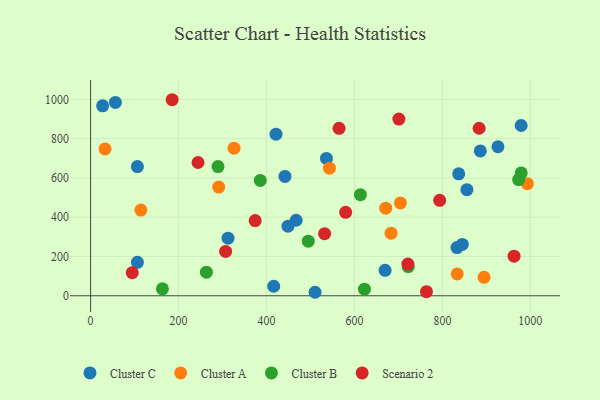
{"axis": {"x": "Speed", "y": "Sales"}, "legend": ["Cluster A", "Cluster B", "Cluster C", "Scenario 2"], "data": [{"x": "669.7", "y": 129.5, "type": "Cluster C"}, {"x": "27.3", "y": 967.2, "type": "Cluster C"}, {"x": "442.0", "y": 607.8, "type": "Cluster C"}, {"x": "833.1", "y": 245.6, "type": "Cluster C"}, {"x": "106.4", "y": 170.2, "type": "Cluster C"}, {"x": "837.1", "y": 621.2, "type": "Cluster C"}, {"x": "536.3", "y": 699.3, "type": "Cluster C"}, {"x": "106.4", "y": 657.8, "type": "Cluster C"}, {"x": "855.8", "y": 540.2, "type": "Cluster C"}, {"x": "979.2", "y": 867.2, "type": "Cluster C"}, {"x": "886.3", "y": 737.4, "type": "Cluster C"}, {"x": "926.4", "y": 759.0, "type": "Cluster C"}, {"x": "312.5", "y": 293.2, "type": "Cluster C"}, {"x": "421.6", "y": 822.8, "type": "Cluster C"}, {"x": "510.4", "y": 17.8, "type": "Cluster C"}, {"x": "467.5", "y": 384.7, "type": "Cluster C"}, {"x": "416.4", "y": 48.5, "type": "Cluster C"}, {"x": "448.9", "y": 354.3, "type": "Cluster C"}, {"x": "845.3", "y": 261.3, "type": "Cluster C"}, {"x": "56.3", "y": 984.7, "type": "Cluster C"}, {"x": "833.7", "y": 111.1, "type": "Cluster A"}, {"x": "993.3", "y": 571.0, "type": "Cluster A"}, {"x": "543.1", "y": 650.0, "type": "Cluster A"}, {"x": "683.3", "y": 318.8, "type": "Cluster A"}, {"x": "114.3", "y": 436.2, "type": "Cluster A"}, {"x": "32.8", "y": 748.0, "type": "Cluster A"}, {"x": "671.1", "y": 445.9, "type": "Cluster A"}, {"x": "326.1", "y": 751.5, "type": "Cluster A"}, {"x": "894.8", "y": 93.9, "type": "Cluster A"}, {"x": "704.6", "y": 472.7, "type": "Cluster A"}, {"x": "291.3", "y": 553.3, "type": "Cluster A"}, {"x": "385.9", "y": 587.3, "type": "Cluster B"}, {"x": "622.7", "y": 33.7, "type": "Cluster B"}, {"x": "613.6", "y": 514.8, "type": "Cluster B"}, {"x": "979.3", "y": 625.8, "type": "Cluster B"}, {"x": "722.3", "y": 148.6, "type": "Cluster B"}, {"x": "973.5", "y": 591.7, "type": "Cluster B"}, {"x": "495.0", "y": 277.8, "type": "Cluster B"}, {"x": "263.3", "y": 120.4, "type": "Cluster B"}, {"x": "289.7", "y": 658.2, "type": "Cluster B"}, {"x": "163.3", "y": 35.4, "type": "Cluster B"}, {"x": "307.0", "y": 225.6, "type": "Scenario 2"}, {"x": "701.1", "y": 899.8, "type": "Scenario 2"}, {"x": "185.4", "y": 998.4, "type": "Scenario 2"}, {"x": "532.1", "y": 316.1, "type": "Scenario 2"}, {"x": "793.8", "y": 486.0, "type": "Scenario 2"}, {"x": "580.0", "y": 424.9, "type": "Scenario 2"}, {"x": "883.6", "y": 853.2, "type": "Scenario 2"}, {"x": "244.3", "y": 678.6, "type": "Scenario 2"}, {"x": "565.0", "y": 852.6, "type": "Scenario 2"}, {"x": "963.0", "y": 201.4, "type": "Scenario 2"}, {"x": "721.5", "y": 161.6, "type": "Scenario 2"}, {"x": "94.7", "y": 117.5, "type": "Scenario 2"}, {"x": "374.2", "y": 383.0, "type": "Scenario 2"}, {"x": "763.8", "y": 21.1, "type": "Scenario 2"}]}